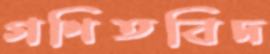
গণিতবিদ